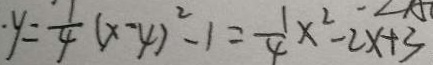
y = \frac { 1 } { 4 } ( x - 4 ) ^ { 2 } - 1 = \frac { 1 } { 4 } x ^ { 2 } - 2 x + 3